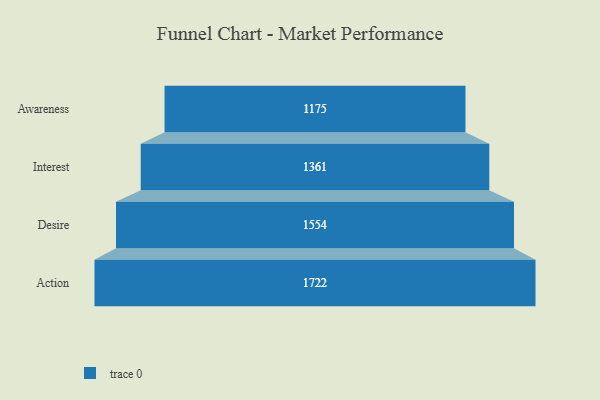
{"axis": {"x": "Stage", "y": "Value"}, "legend": [""], "data": [{"x": "Awareness", "y": 1175.0, "type": ""}, {"x": "Interest", "y": 1361.0, "type": ""}, {"x": "Desire", "y": 1554.0, "type": ""}, {"x": "Action", "y": 1722.0, "type": ""}]}